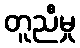
တူညီမှု